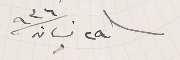
٢٩ نيسان سنة ٩٣٦